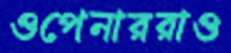
ওপেনাররাও